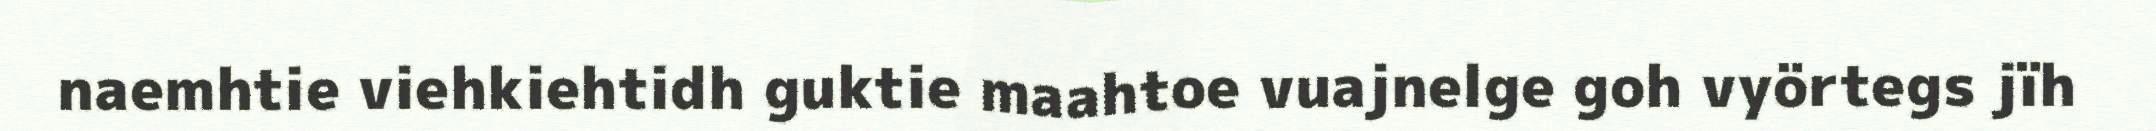
naemhtie viehkiehtidh guktie maahtoe vuajnelge goh vyörtegs jïh